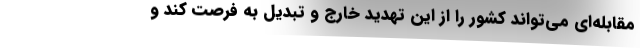
مقابله‌ای می‌تواند کشور را از این تهدید خارج و تبدیل به فرصت کند و